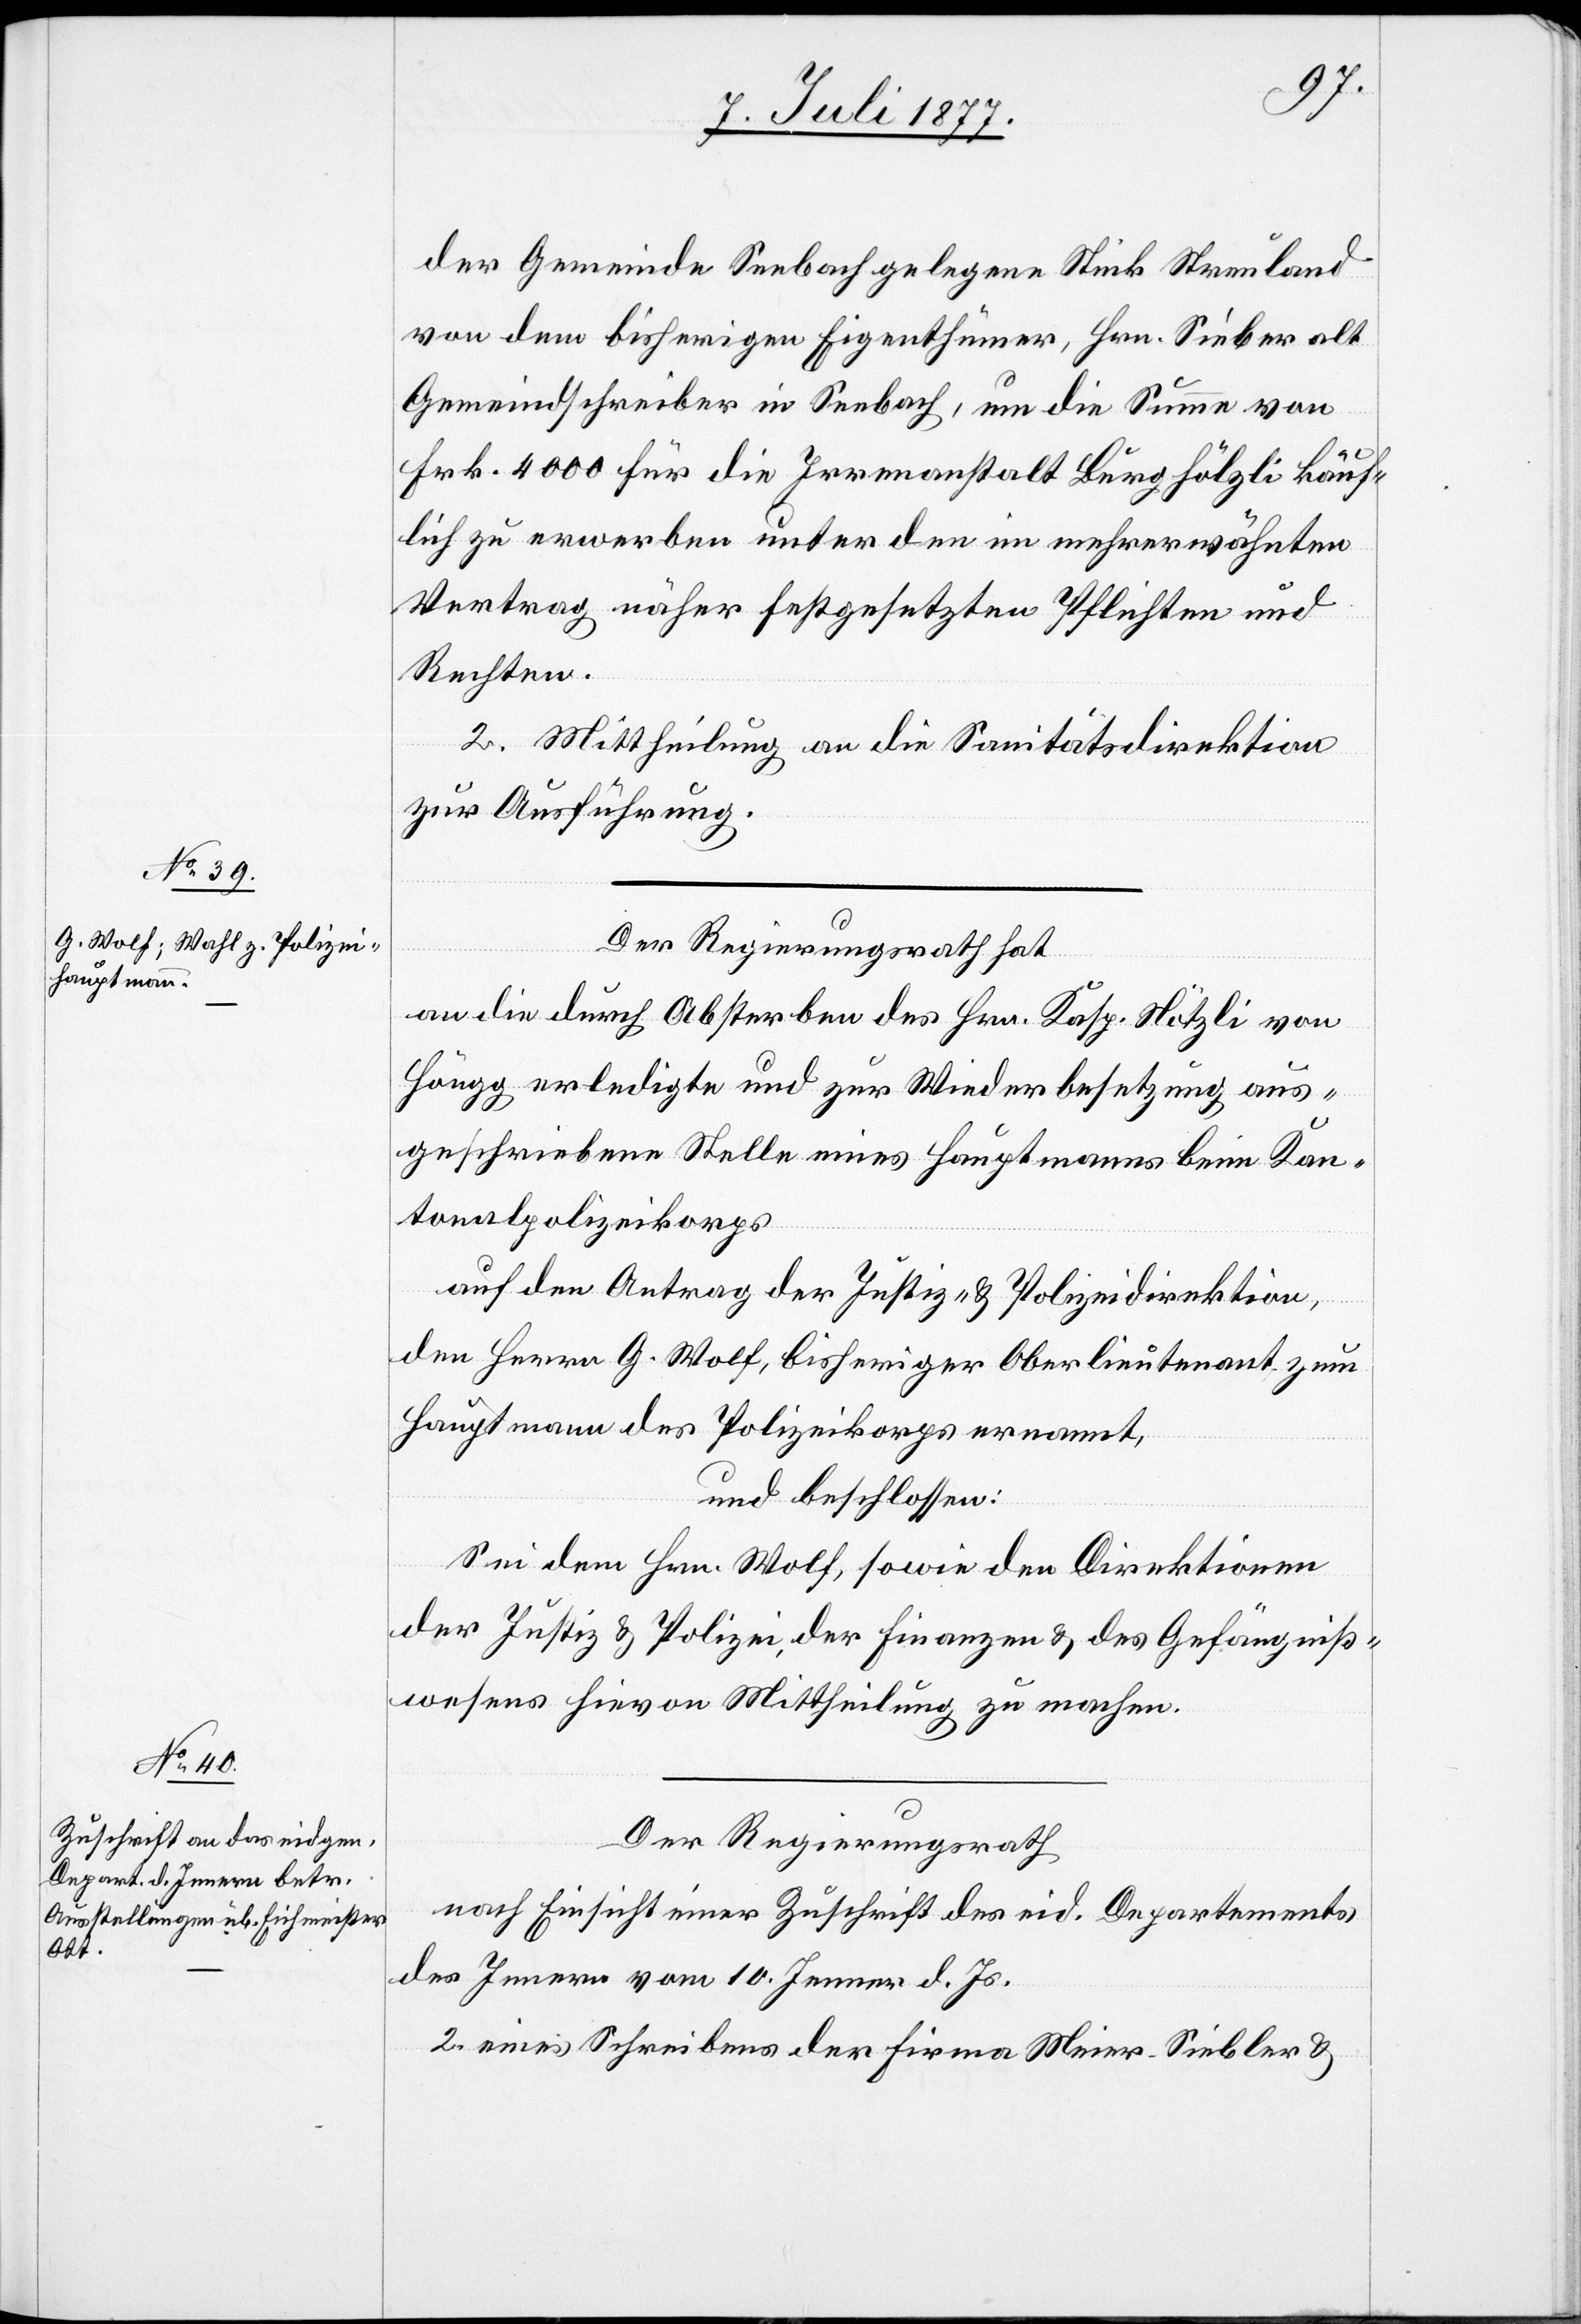
der Gemeinde Seebach gelegene Stück Streuland
von dem bisherigen Eigenthümer, Hrn. Sieber alt
Gemeindschreiber in Seebach, um die Summe von
Frk. 4000 für die Irrenanstalt Burghölzli käuf¬
lich zu erwerben unter den im mehrerwähnten
Vertrag näher festgesetzten Pflichten und
Rechten.
2. Mittheilung an die Sanitätsdirektion
zur Ausführung.
Der Regierungsrath hat
an die durch Absterben des Hrn. Kasp. Nötzli von
Höngg erledigte und zur Wiederbesetzung aus¬
geschriebene Stelle eines Hauptmanns beim Kan¬
tonalpolizeikorps
auf den Antrag der Justiz- & Polizeidirektion,
den Herrn G. Wolf, bisheriger Oberlieutenant zum
Hauptmann des Polizeikorps ernannt,
und beschlossen:
Sei dem Hrn. Wolf, sowie den Direktionen
der Justiz & Polizei, der Finanzen & des Gefängniß¬
wesens hievon Mittheilung zu machen.
Der Regierungsrath
nach Einsicht [1.] einer Zuschrift des eid. Departements
des Innern vom 10. Jenner d. Js.
2. eines Schreibens der Firma Meier, Siebler &